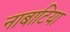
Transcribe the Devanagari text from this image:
नाबाटिया